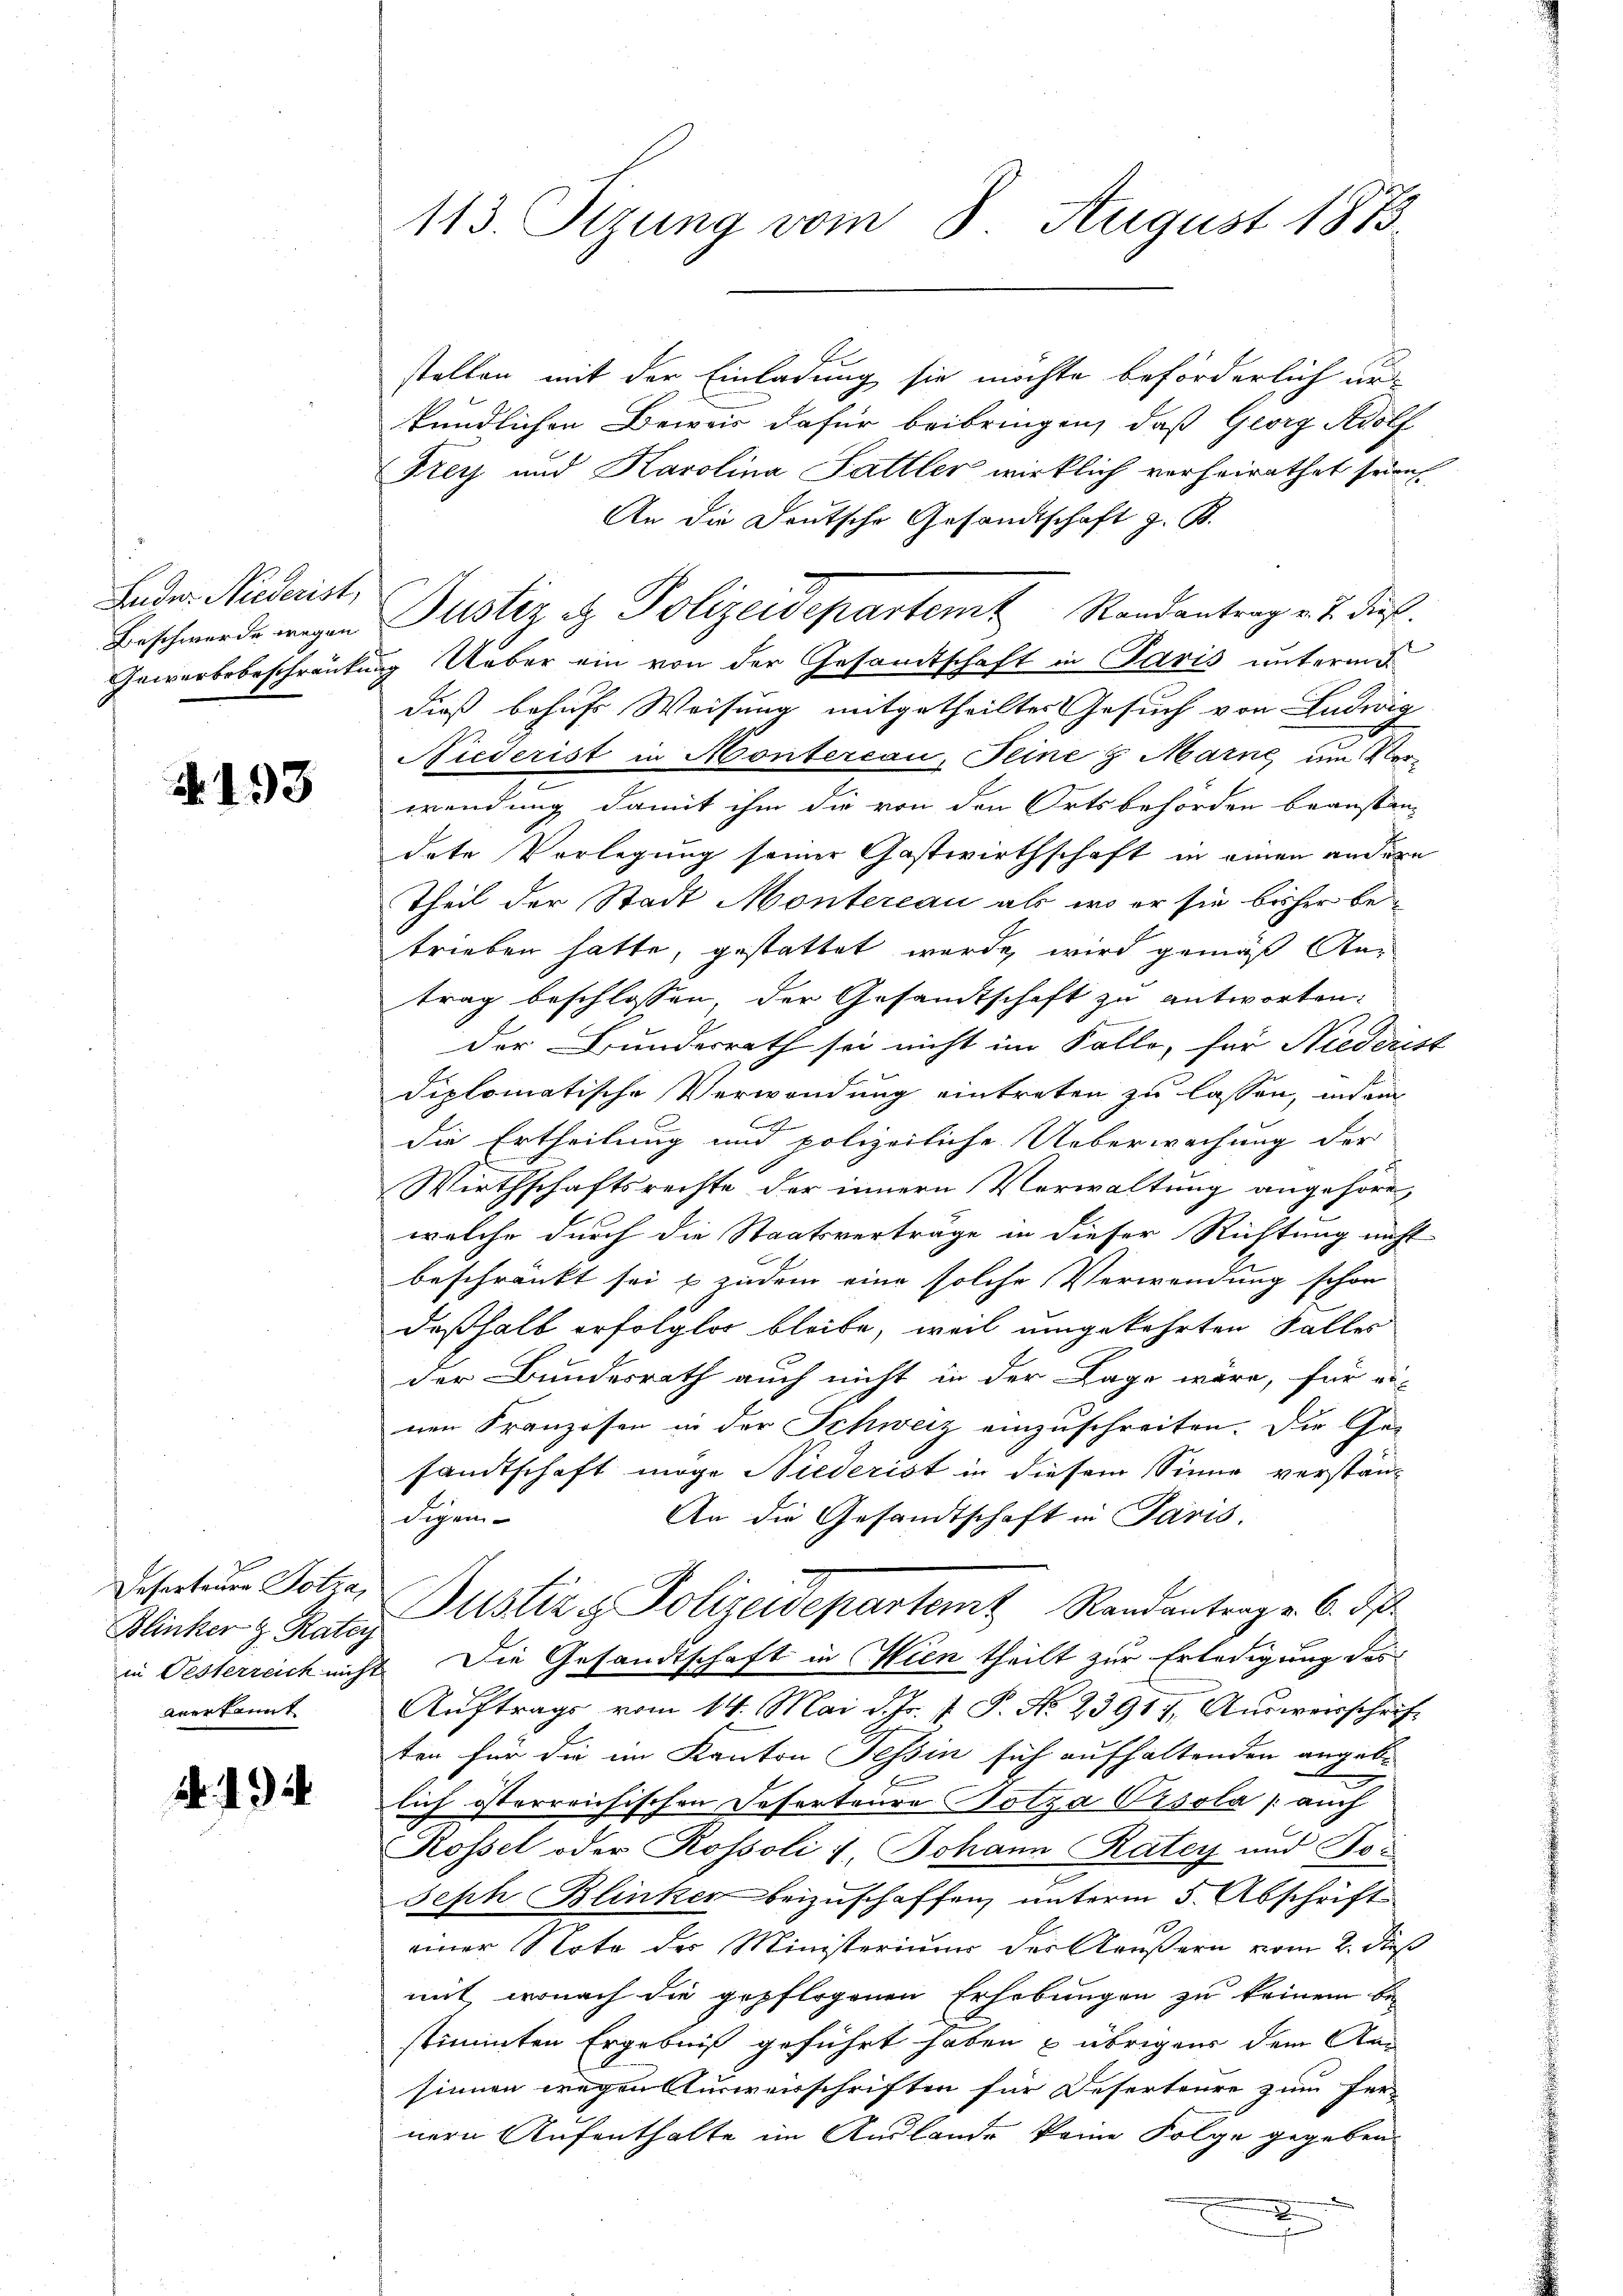
Ludw. Niederist,
Beschwerde wegen
Gewerbsbeschränke.

493

Deserteure Potza,
Blinker z. Ratey
in Oesterreich mich.
Anerkannt

.12.

113 Sizung vom 8. August 1873

stellen mit der Einladung sie möchte beförderlich ur-
kundlichen Beweis dafür beibringen, daß Georg Adolf
Krey und Karolina Sattler wirklich verheirathet seien
An die Deutsche Gesandtschaft z. B.
Justiz & Polizeidepartemt Randantrag v. J. die
e
 Ueber ein von der Gesamtschaft in Paris unterm 5.
dieß behuf Weisung mitgetheilter Gesuch von Ludwig
Niederist in Montercau, Seine 8 Marne, um
wendung damit ihm die von den Ortsbehörden beanstandete Vorlegung seiner Gastwirthschaft in einen andern
Theil der Stadt Montereau als wo er sie bisher betrieben hatte, gestattet werde, wird gemäß Kar
trag beschlossen der Gesandtschaft zu antworten:
der Bunderrath sei nicht im Falle, für Niederist
diplomatische Verwendung eintreten zu lassen, inde
n
die Ertheilung und polizeiliche Ueberwachung der
Wirthschaftsrechte der innern Verwaltung angehöre,
welche durch die Staatsvertrage in dieser Richtung nicht
beschränkt sei & zudem eine solche Verwendung schon
deßhalb erfolglos bleibe, weil umgekehrten Falles
der Bundesrath auch nicht in der Lage wäre, für ei-
nen Franzosen in der Schweiz einzuschreiten. Die Ge-
sandtschaft möge Niederist in diesem Sinne verstän¬
An die Gesandtschaft in Paris.
digen
Justiz & Polizeidepartemt Randantrag v. 6. ds.
Die Gesandtschaft in Wien theilt zur Erledigung des
Auftrags vom 14. Mai d. Js. f. P. No. 23911, Ausweisschrift
ten für die im Kanton Tessin sich aufhaltenden angebe
lich österreichischen Deserteure Tolza Orsola auch
Rossel oder Rossoli & Johann Ratey und Toc
Seph Blinker beizuschaffen, unterm 5. Abschrift
einer Note des Ministeriums der Käußern vom 2. dieß
mit, wonach die gepflogenen Erhebungen zu keinem bestimmten Ergebniß geführt haben & übrigens dem Ansinnen wegen Ausweisschriften für Deserteure zum Fer-
nern Aufenthalte im Auslande keine Folge gegeben.
2
s